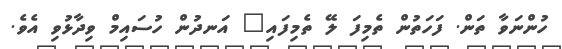
ހުންނަވާ ތަން. ފަހަތުން ތެމިފަ ލޭ ތެމިފައި" އަނދުން ހުސައިމް ވިދާޅުވި އެވެ.